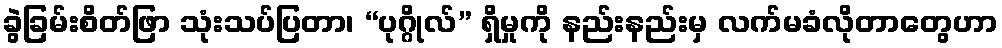
ခွဲခြမ်းစိတ်ဖြာ သုံးသပ်ပြတာ၊ “ပုဂ္ဂိုလ်” ရှိမှုကို နည်းနည်းမှ လက်မခံလိုတာတွေဟာ